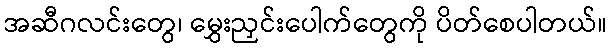
အဆီဂလင်းတွေ၊ မွှေးညှင်းပေါက်တွေကို ပိတ်စေပါတယ်။